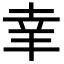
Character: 𦍒